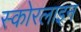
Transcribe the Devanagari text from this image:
स्कोरलाइन